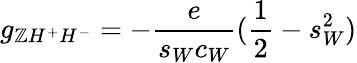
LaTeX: g_{\mathbb{Z}H^{+}H^{-}}=-\frac{{e}}{{s_{W}c_{W}}}(\frac{{1}}{{2}}-s_{W}^{2})